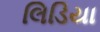
લિડિયા